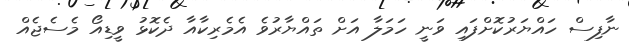
ނާފިސް ހައްޔަރުކޮށްފައި ވަނީ ހަމަލާ އަށް ތައްޔާރުވެ އެމެރިކާއާ ދެކޮޅު ވީޑިއޯ މެސެޖެއް